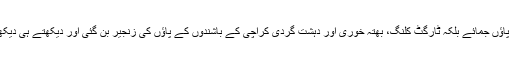
مگر پھر یہاں پر بھتہ خوری، ٹار گٹ کلنگ نے اپنے نہ صرف پاؤں جمائے بلکہ ٹارگٹ کلنگ، بھتہ خوری اور دہشت گردی کراچی کے باشندوں کے پاؤں کی زنجیر بن گئی اور دیکھتے ہی دیکھتے یہ شہر دنیا کے خطرناک ترین شہروں میں شامل ہونے لگا۔